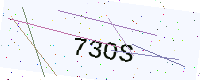
Text: 73OS